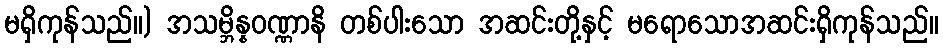
မရှိကုန်သည်။) အသမ္ဘိန္နဝဏ္ဏာနိ တစ်ပါးသော အဆင်းတို့နှင့် မရောသောအဆင်းရှိကုန်သည်။